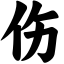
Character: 伤